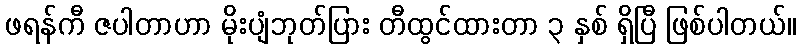
ဖရန်ကီ ဇပါတာဟာ မိုးပျံဘုတ်ပြား တီထွင်ထားတာ ၃ နှစ် ရှိပြီ ဖြစ်ပါတယ်။